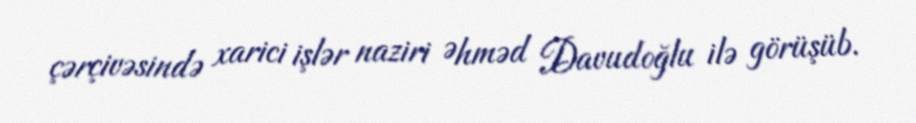
çərçivəsində xarici işlər naziri Əhməd Davudoğlu ilə görüşüb.